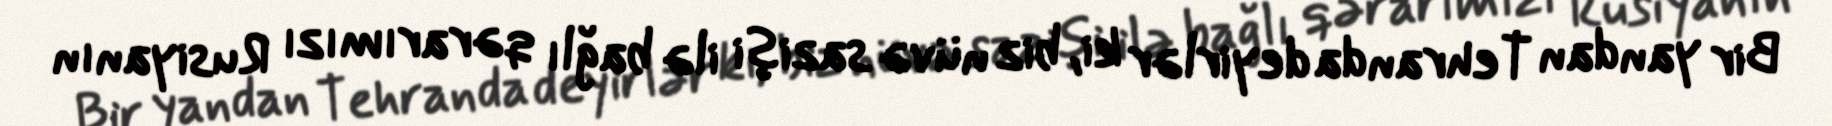
Bir yandan Tehranda deyirlər ki, biz nüvə sazişi ilə bağlı qərarımızı Rusiyanın